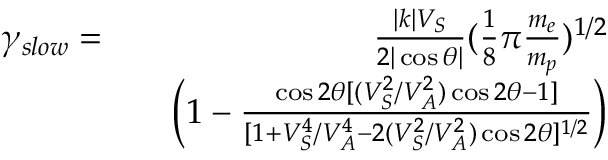
\begin{array} { r l r } { \gamma _ { s l o w } = } & { } & { \frac { | k | V _ { S } } { 2 | \cos \theta | } ( \frac { 1 } { 8 } \pi \frac { m _ { e } } { m _ { p } } ) ^ { 1 / 2 } } \\ & { } & { \left( 1 - \frac { \cos 2 \theta [ ( V _ { S } ^ { 2 } / V _ { A } ^ { 2 } ) \cos 2 \theta - 1 ] } { [ 1 + V _ { S } ^ { 4 } / V _ { A } ^ { 4 } - 2 ( V _ { S } ^ { 2 } / V _ { A } ^ { 2 } ) \cos 2 \theta ] ^ { 1 / 2 } } \right) } \end{array}